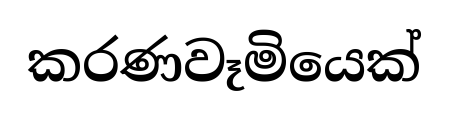
කරණවෑමියෙක්